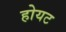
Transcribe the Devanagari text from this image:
होयट